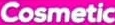
Cosmetic